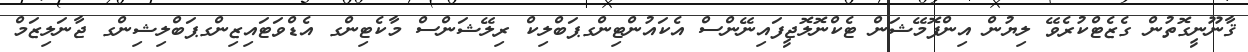
ޤާނޫނީގޮތުން ގެޒެޓްކުރެވޭ ލިޔުން އިންފޮމޭޝަން ޓެކްނޮލޮޖީފައިނޭންސް އެކައުންޓިންގޕަބްލިކް ރިލޭޝަންސް މާކެޓިންގ އެޑްވަޓައިޒިންގޕަބްލިޝިންގ ޖާނަލިޒަމް